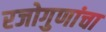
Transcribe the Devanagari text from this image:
रजोगुणांचा